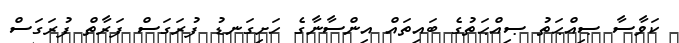
ކަވާސާ ޞިއްޙަތު ޞިއްޙަތުގެ ބައިތައް އިންސާނާގެ ހަށިގަނޑު ފުރަގަސް ފަރާތް ފުރަގަސް